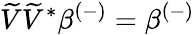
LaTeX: \widetilde{V}\widetilde{V}^{*}\beta^{(-)}=\beta^{(-)}